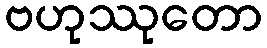
ဗဟုဿုတော